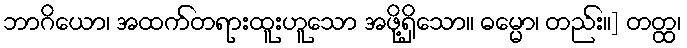
ဘာဂိယော၊ အထက်တရားထူးဟူသော အဖို့ရှိသော။ ဓမ္မော၊ တည်း။] တတ္ထ၊